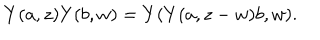
LaTeX: Y ( a , z ) Y ( b , w ) = Y ( Y ( a , z - w ) b , w ) .